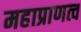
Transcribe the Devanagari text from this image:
महाप्राणत्व